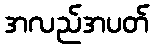
အလည်အပတ်